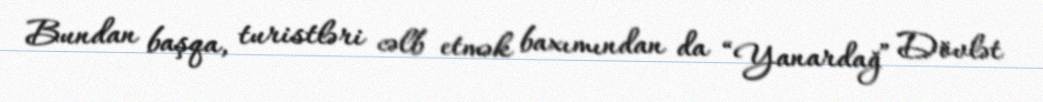
Bundan başqa, turistləri cəlb etmək baxımından da “Yanardağ” Dövlət